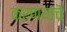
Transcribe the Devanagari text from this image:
करण्याचॆ